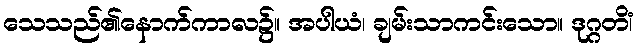
သေသည်၏နောက်ကာလ၌။ အပါယံ၊ ချမ်းသာကင်းသော။ ဒုဂ္ဂတိံ၊